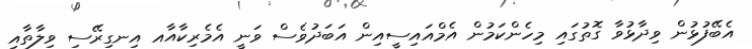
އެބޭފުޅުން ވިދާޅުވާ ގޮތުގައި މިހެންކަމުން އެމްއައިސީއިން އަބަދުވެސް ވަނީ އެމެރިކާއާއ އިނގިރޭސި ވިލާތާއި